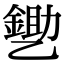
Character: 㐥